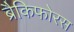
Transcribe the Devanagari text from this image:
ब्रैकिफोरस